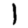
Digit: 1